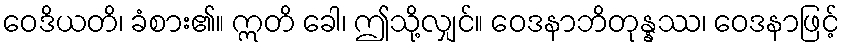
ဝေဒိယတိ၊ ခံစား၏။ ဣတိ ခေါ၊ ဤသို့လျှင်။ ဝေဒနာဘိတုန္နဿ၊ ဝေဒနာဖြင့်